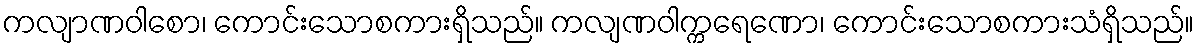
ကလျာဏဝါစော၊ ကောင်းသောစကားရှိသည်။ ကလျဏဝါက္ကရေဏော၊ ကောင်းသောစကားသံရှိသည်။